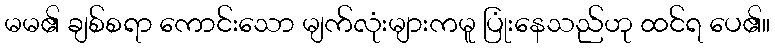
မမ၏ ချစ်စရာ ကောင်းသော မျက်လုံးများကမူ ပြုံးနေသည်ဟု ထင်ရ ပေ၏။